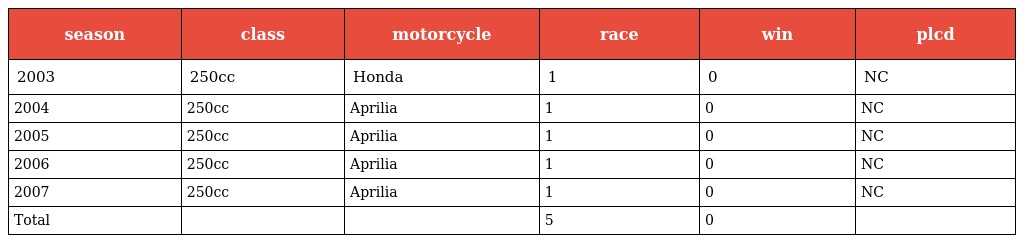
| season | class | motorcycle | race | win | plcd |
 | --- | --- | --- | --- | --- | --- |
 | 2003 | 250cc | Honda | 1 | 0 | NC |
 | 2004 | 250cc | Aprilia | 1 | 0 | NC |
 | 2005 | 250cc | Aprilia | 1 | 0 | NC |
 | 2006 | 250cc | Aprilia | 1 | 0 | NC |
 | 2007 | 250cc | Aprilia | 1 | 0 | NC |
 | Total |  |  | 5 | 0 |  |